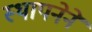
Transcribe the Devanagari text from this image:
स्‍थापनेने